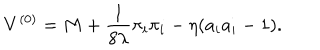
LaTeX: V ^ { ( 0 ) } = M + \frac { 1 } { 8 \lambda } \pi _ { i } \pi _ { i } - \eta ( a _ { i } a _ { i } - 1 ) .